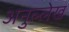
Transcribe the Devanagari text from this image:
अनुल्लेख